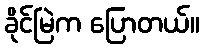
ခိုင်မြဲက ပြောတယ်။